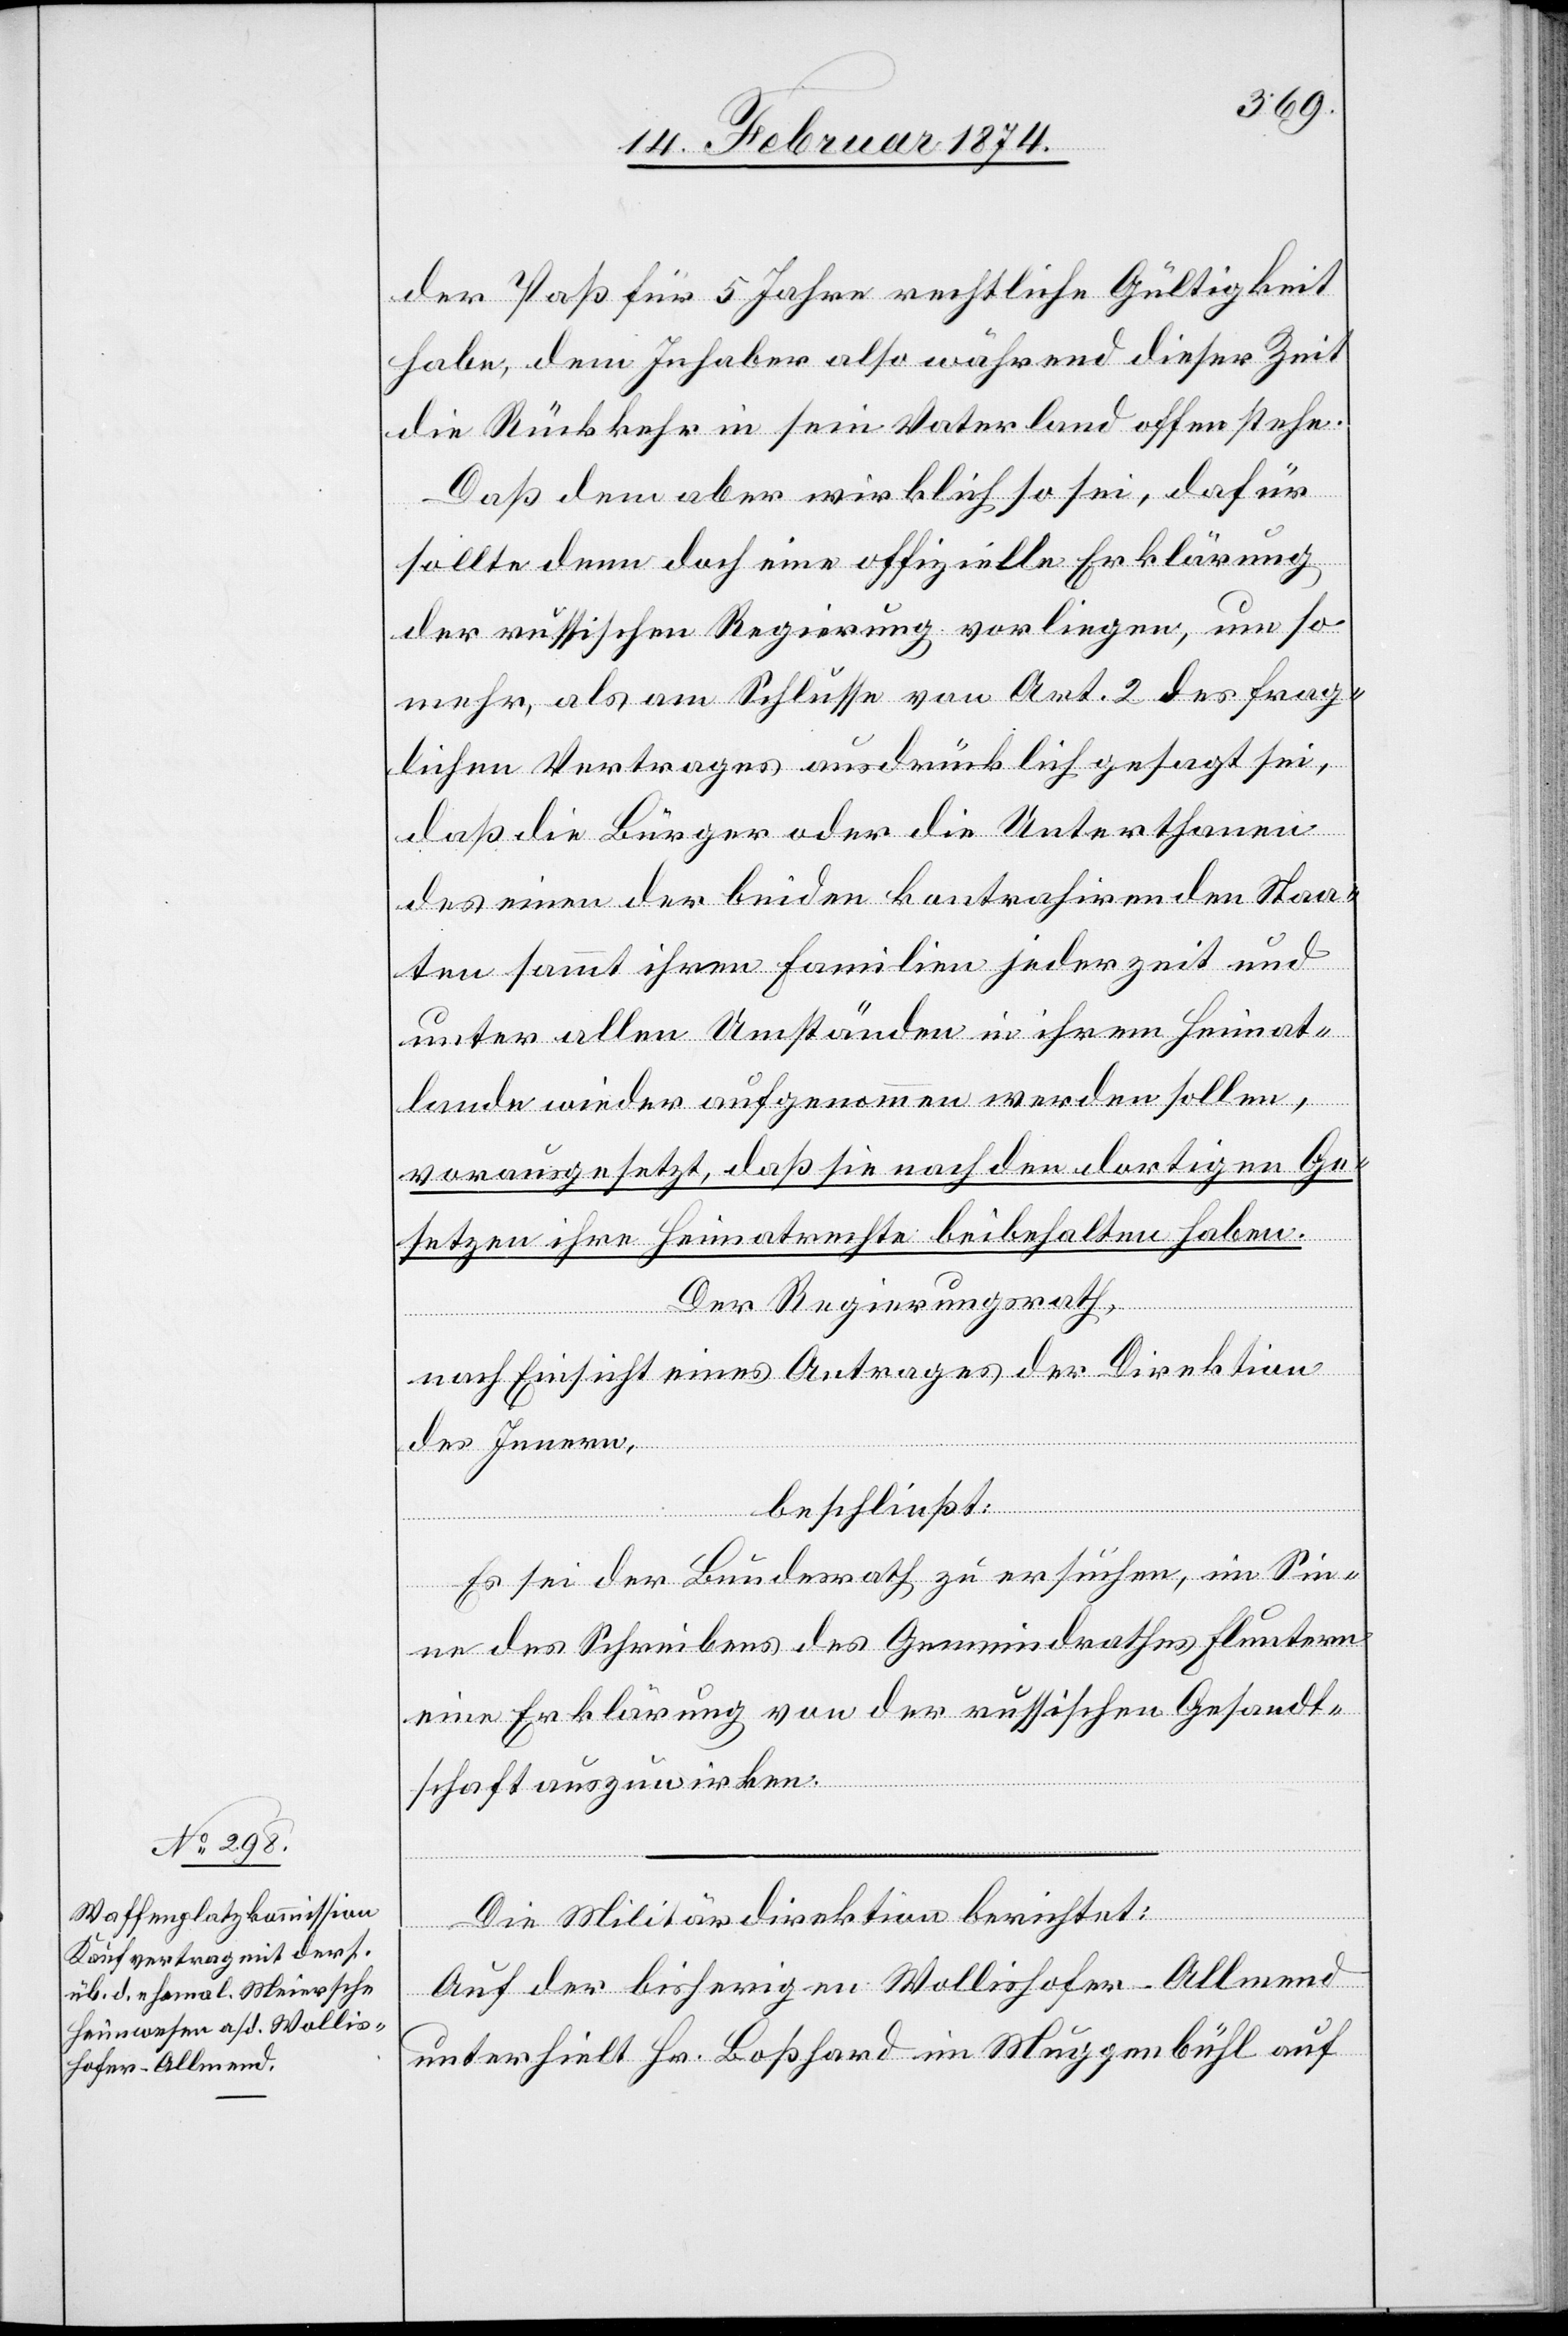
der Paß für 5 Jahre rechtliche Gültigkeit
habe, dem Inhaber also während dieser Zeit
die Rückkehr in sein Vaterland offen stehe.
Daß dem aber wirklich so sei, dafür
sollte dann doch eine offizielle Erklärung
der russischen Regierung vorliegen, um so
mehr, als am Schlusse von Art. 2 des frag¬
lichen Vertrages ausdrücklich gesagt sei,
daß die Bürger oder die Unterthanen
des einen der beiden kontrahirenden Staa¬
ten sammt ihren Familien jederzeit und
unter allen Umständen in ihrem Heimat¬
lande wieder aufgenommen werden sollen,
vorausgesetzt, daß sie nach den dortigen Ge¬
setzen ihre Heimatrechte beibehalten haben.
Der Regierungsrath,
nach Einsicht eines Antrages der Direktion
des Innern,
beschließt:
Es sei der Bundesrath zu ersuchen, im Sin¬
ne des Schreibens des Gemeindrathes Fluntern
eine Erklärung von der russischen Gesandt¬
schaft auszuwirken.
Die Militärdirektion berichtet:
Auf der bisherigen Wollishofer-Allmend
unterhielt Hr. Boßhard im Muggenbühl auf